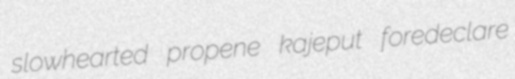
slowhearted propene kajeput foredeclare